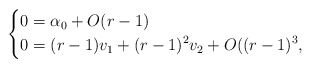
\begin{align*}\left\lbrace \begin{aligned}0 & = \alpha_0 + O(r-1) \\0 & = (r-1)v_1 + (r-1)^2 v_2 + O((r-1)^3,\end{aligned}\right.\end{align*}